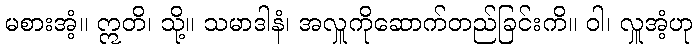
မစားအံ့။ ဣတိ၊ သို့။ သမာဒါနံ၊ အလှူကိုဆောက်တည်ခြင်းကိ။ ဝါ၊ လှူအံ့ဟု